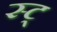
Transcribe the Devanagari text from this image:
स्ट्